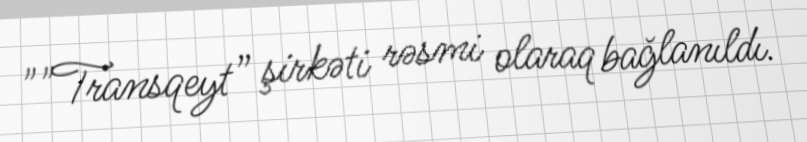
""Transqeyt” şirkəti rəsmi olaraq bağlanıldı.